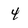
Character: 4